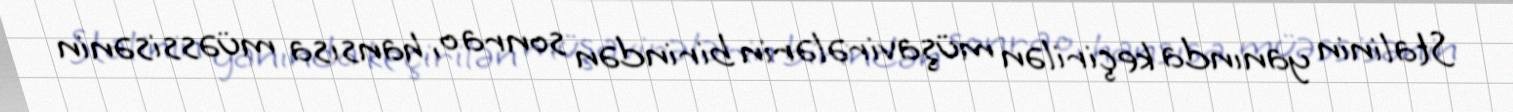
Stalinin yanında keçirilən müşavirələrin birindən sonra o, hansısa müəssisənin